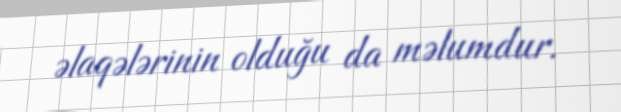
əlaqələrinin olduğu da məlumdur.